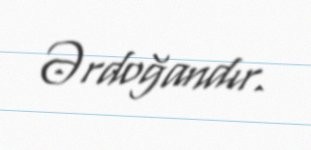
Ərdoğandır.